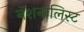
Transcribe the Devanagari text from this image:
नॅशनालिस्ट